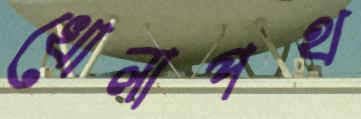
খোলাপথ